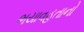
ભયાવહતાનો